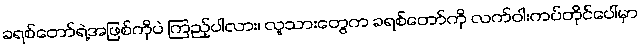
ခရစ်တော်ရဲ့အဖြစ်ကိုပဲ ကြည့်ပါလား၊ လူသားတွေက ခရစ်တော်ကို လက်ဝါးကပ်တိုင်ပေါ်မှာ